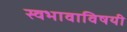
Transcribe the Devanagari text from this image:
स्वभावाविषयी